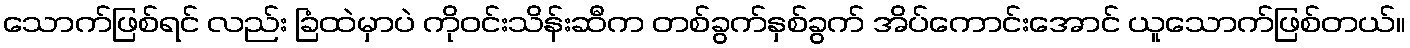
သောက်ဖြစ်ရင် လည်း ခြံထဲမှာပဲ ကိုဝင်းသိန်းဆီက တစ်ခွက်နှစ်ခွက် အိပ်ကောင်းအောင် ယူသောက်ဖြစ်တယ်။